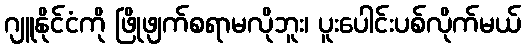
ဂျူနိုင်ငံကို ဖြိုဖျက်စရာမလိုဘူး၊ ပူးပေါင်းပစ်လိုက်မယ်